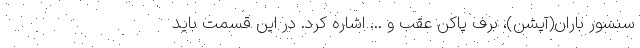
سنسور باران(آپشن)، برف پاکن عقب و ... اشاره کرد. در این قسمت باید